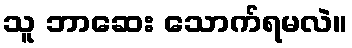
သူ ဘာဆေး သောက်ရမလဲ။